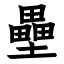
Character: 壘